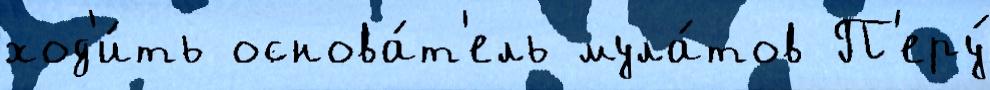
ход'и́ть основа́т'ель мула́тов П'еру́